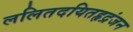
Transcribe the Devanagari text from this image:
ललितदयितहृद्रंजन